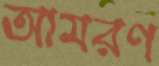
আমরণ